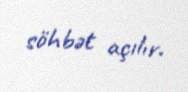
söhbət açılır.